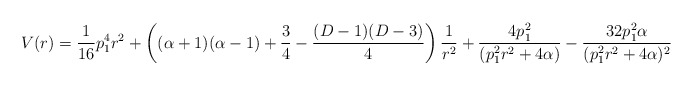
\begin{align*}V(r)=\frac{1}{16}p_1^4r^2+\left((\alpha+1)(\alpha-1)+\frac{3}{4}-\frac{(D-1)(D-3)}{4}\right)\frac{1}{r^2}+\frac{4p_1^2}{(p_1^2r^2+4\alpha)}-\frac{32p_1^2\alpha}{(p_1^2r^2+4\alpha)^2}\end{align*}